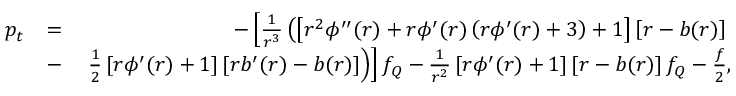
\begin{array} { r l r } { p _ { t } } & { = } & { - \left[ { \frac { 1 } { r ^ { 3 } } } \left( \left[ r ^ { 2 } \phi ^ { \prime \prime } ( r ) + r \phi ^ { \prime } ( r ) \left( r \phi ^ { \prime } ( r ) + 3 \right) + 1 \right] \left[ r - b ( r ) \right] \right. \right. } \\ & { - } & { \left. \left. \frac { 1 } { 2 } \left[ r \phi ^ { \prime } ( r ) + 1 \right] \left[ r b ^ { \prime } ( r ) - b ( r ) \right] \right) \right] f _ { Q } - \frac { 1 } { r ^ { 2 } } \left[ r \phi ^ { \prime } ( r ) + 1 \right] \left[ r - b ( r ) \right] f _ { Q } - \frac { f } { 2 } , } \end{array}